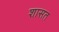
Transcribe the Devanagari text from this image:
शासत